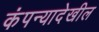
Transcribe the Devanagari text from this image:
कंपन्यादेखील